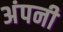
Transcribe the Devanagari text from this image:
अंपनी